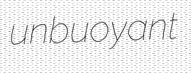
unbuoyant